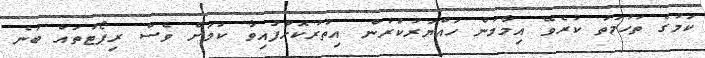
ކަމުގެ ތުހުމަތު ކުރެވޭ އިމާމުން ހައްޔަރުކުރުން އިތުރުކޮށްފައިވާ ކަމަށް ވެސް ރިޕޯޓުތައް ބުނެ